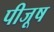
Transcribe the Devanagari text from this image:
पीजूष